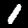
Label: 1